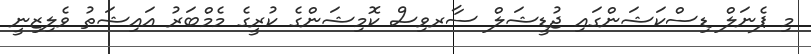
މި ޕެނަލް ޑިސްކަޝަންގައި ޖުޑީޝަލް ސާރވިސް ކޮމިޝަންގެ ކުރީގެ މެމްބަރު އައިޝަތު ވެލިޒިނީ